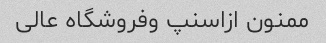
ممنون ازاسنپ وفروشگاه عالی